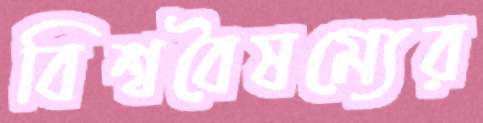
বিশ্ববৈষম্যের